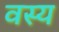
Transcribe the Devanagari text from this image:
वस्य